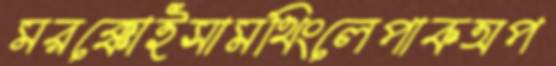
মরক্কোইসামথিংলেপাকঅপ